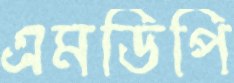
এমডিপি